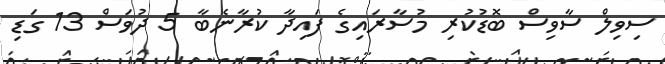
ސިވިލް ސާވިސް ބޮޑުކުރި މުސާރައިގެ ފައިދާ ކުރާނެބާ 5 ދުވަސް 13 ގަޑި